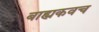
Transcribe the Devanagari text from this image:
बाह्यकवच